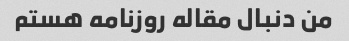
من دنبال مقاله روزنامه هستم